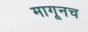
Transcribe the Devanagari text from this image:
मागूनच